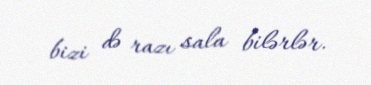
bizi də razı sala bilərlər.